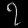
Digit: ၇